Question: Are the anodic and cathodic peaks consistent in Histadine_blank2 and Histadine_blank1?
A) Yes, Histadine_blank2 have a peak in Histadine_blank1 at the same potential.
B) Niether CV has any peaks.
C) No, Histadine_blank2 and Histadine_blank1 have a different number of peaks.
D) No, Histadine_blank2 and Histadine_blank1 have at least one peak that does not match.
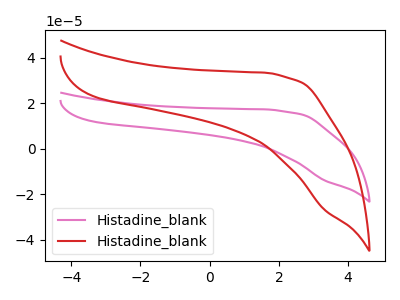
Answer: <think>The pink curve "Histadine_blank1" has no peaks. The red curve "Histadine_blank2" has no peaks.</think>
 <answer>B) Niether CV has any peaks.</answer>
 <eval>B</eval>